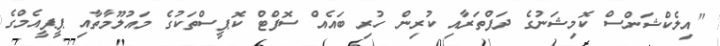
"އިލެކްޝަންސް ކޮމިޝަނުގެ ދަފްތަރާއި ކުރިން ހުރި ބައެއް ސޮފްޓް ކޮޕީސްތަކުގެ މައުލޫމާތާއި ޕީޕީއެމްގެ